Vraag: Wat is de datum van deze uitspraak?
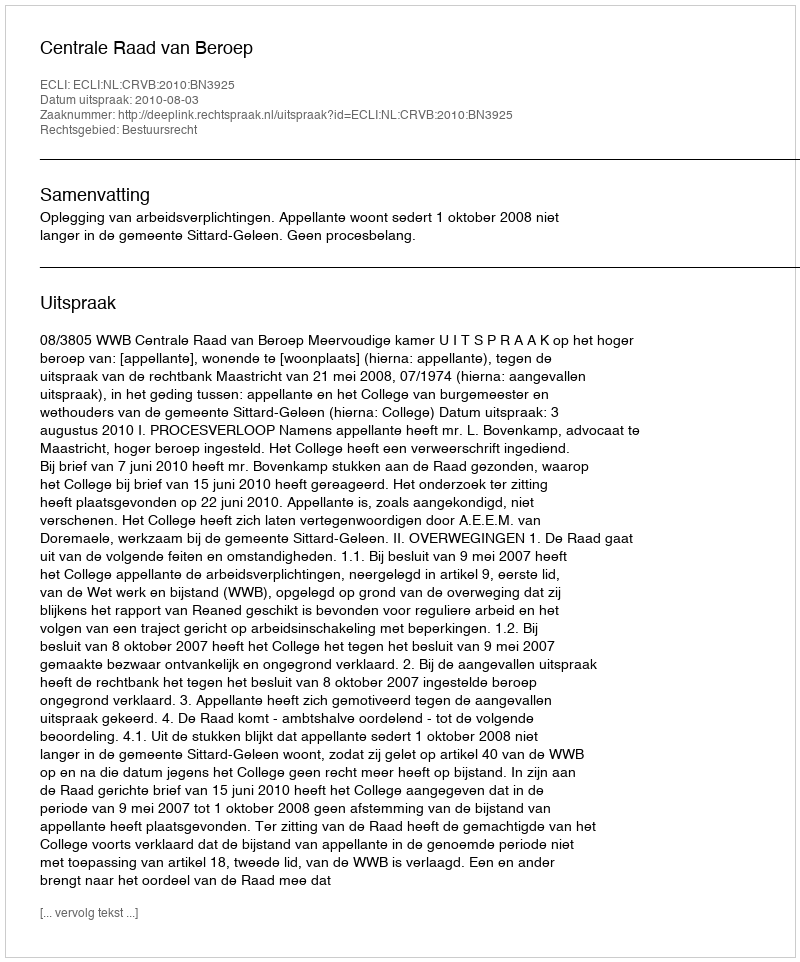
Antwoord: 2010-08-03